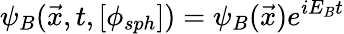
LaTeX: \psi_{B}({\vec{x}},t,[\phi_{sph}])=\psi_{B}(\vec{x})e^{iE_{B}t}